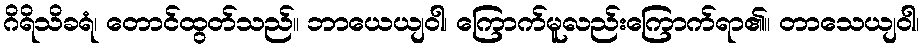
ဂိရိသိခရံ၊ တောင်ထွတ်သည်။ ဘာယေယျဝါ၊ ကြောက်မူလည်းကြောက်ရာ၏။ တာသေယျဝါ၊